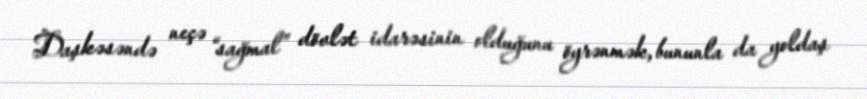
Daşkəsəndə neçə “sağmal” dövlət idarəsinin olduğunu öyrənmək, bununla da yoldaş